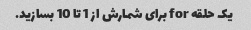
یک حلقه for برای شمارش از 1 تا 10 بسازید.